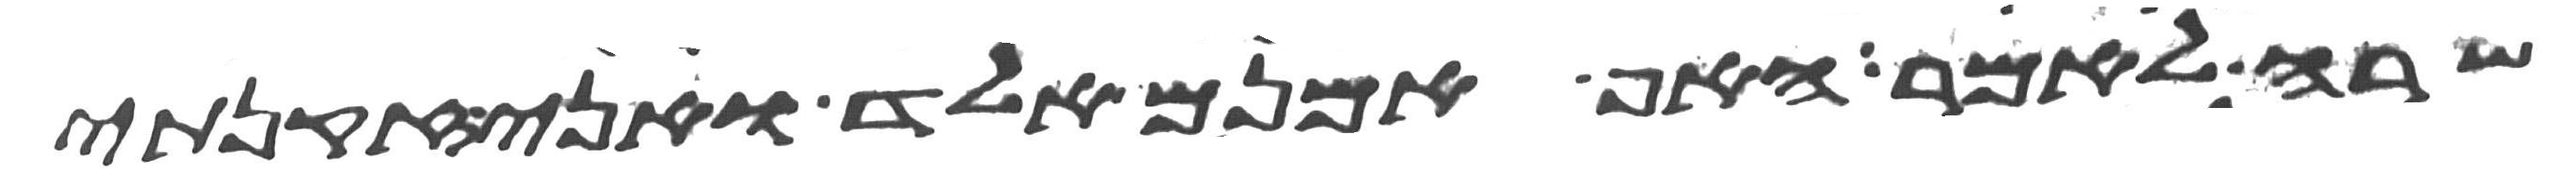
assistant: שרה לאמר האף אמנם אלד ואני זקנתי